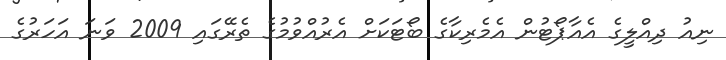
ނިއު ދިއްލީގެ އެއާޕޯޓުން އެމެރިކާގެ ބޯޓަކަށް އެރުއްވުމުގެ ތެރޭގައި 2009 ވަނަ އަހަރުގެ